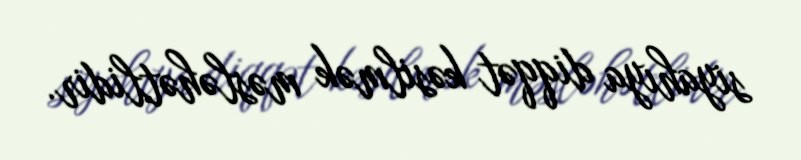
siyahıya diqqət kəsilmək məsləhətlidir.